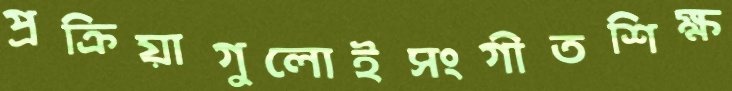
প্রক্রিয়াগুলোইসংগীতশিক্ষ